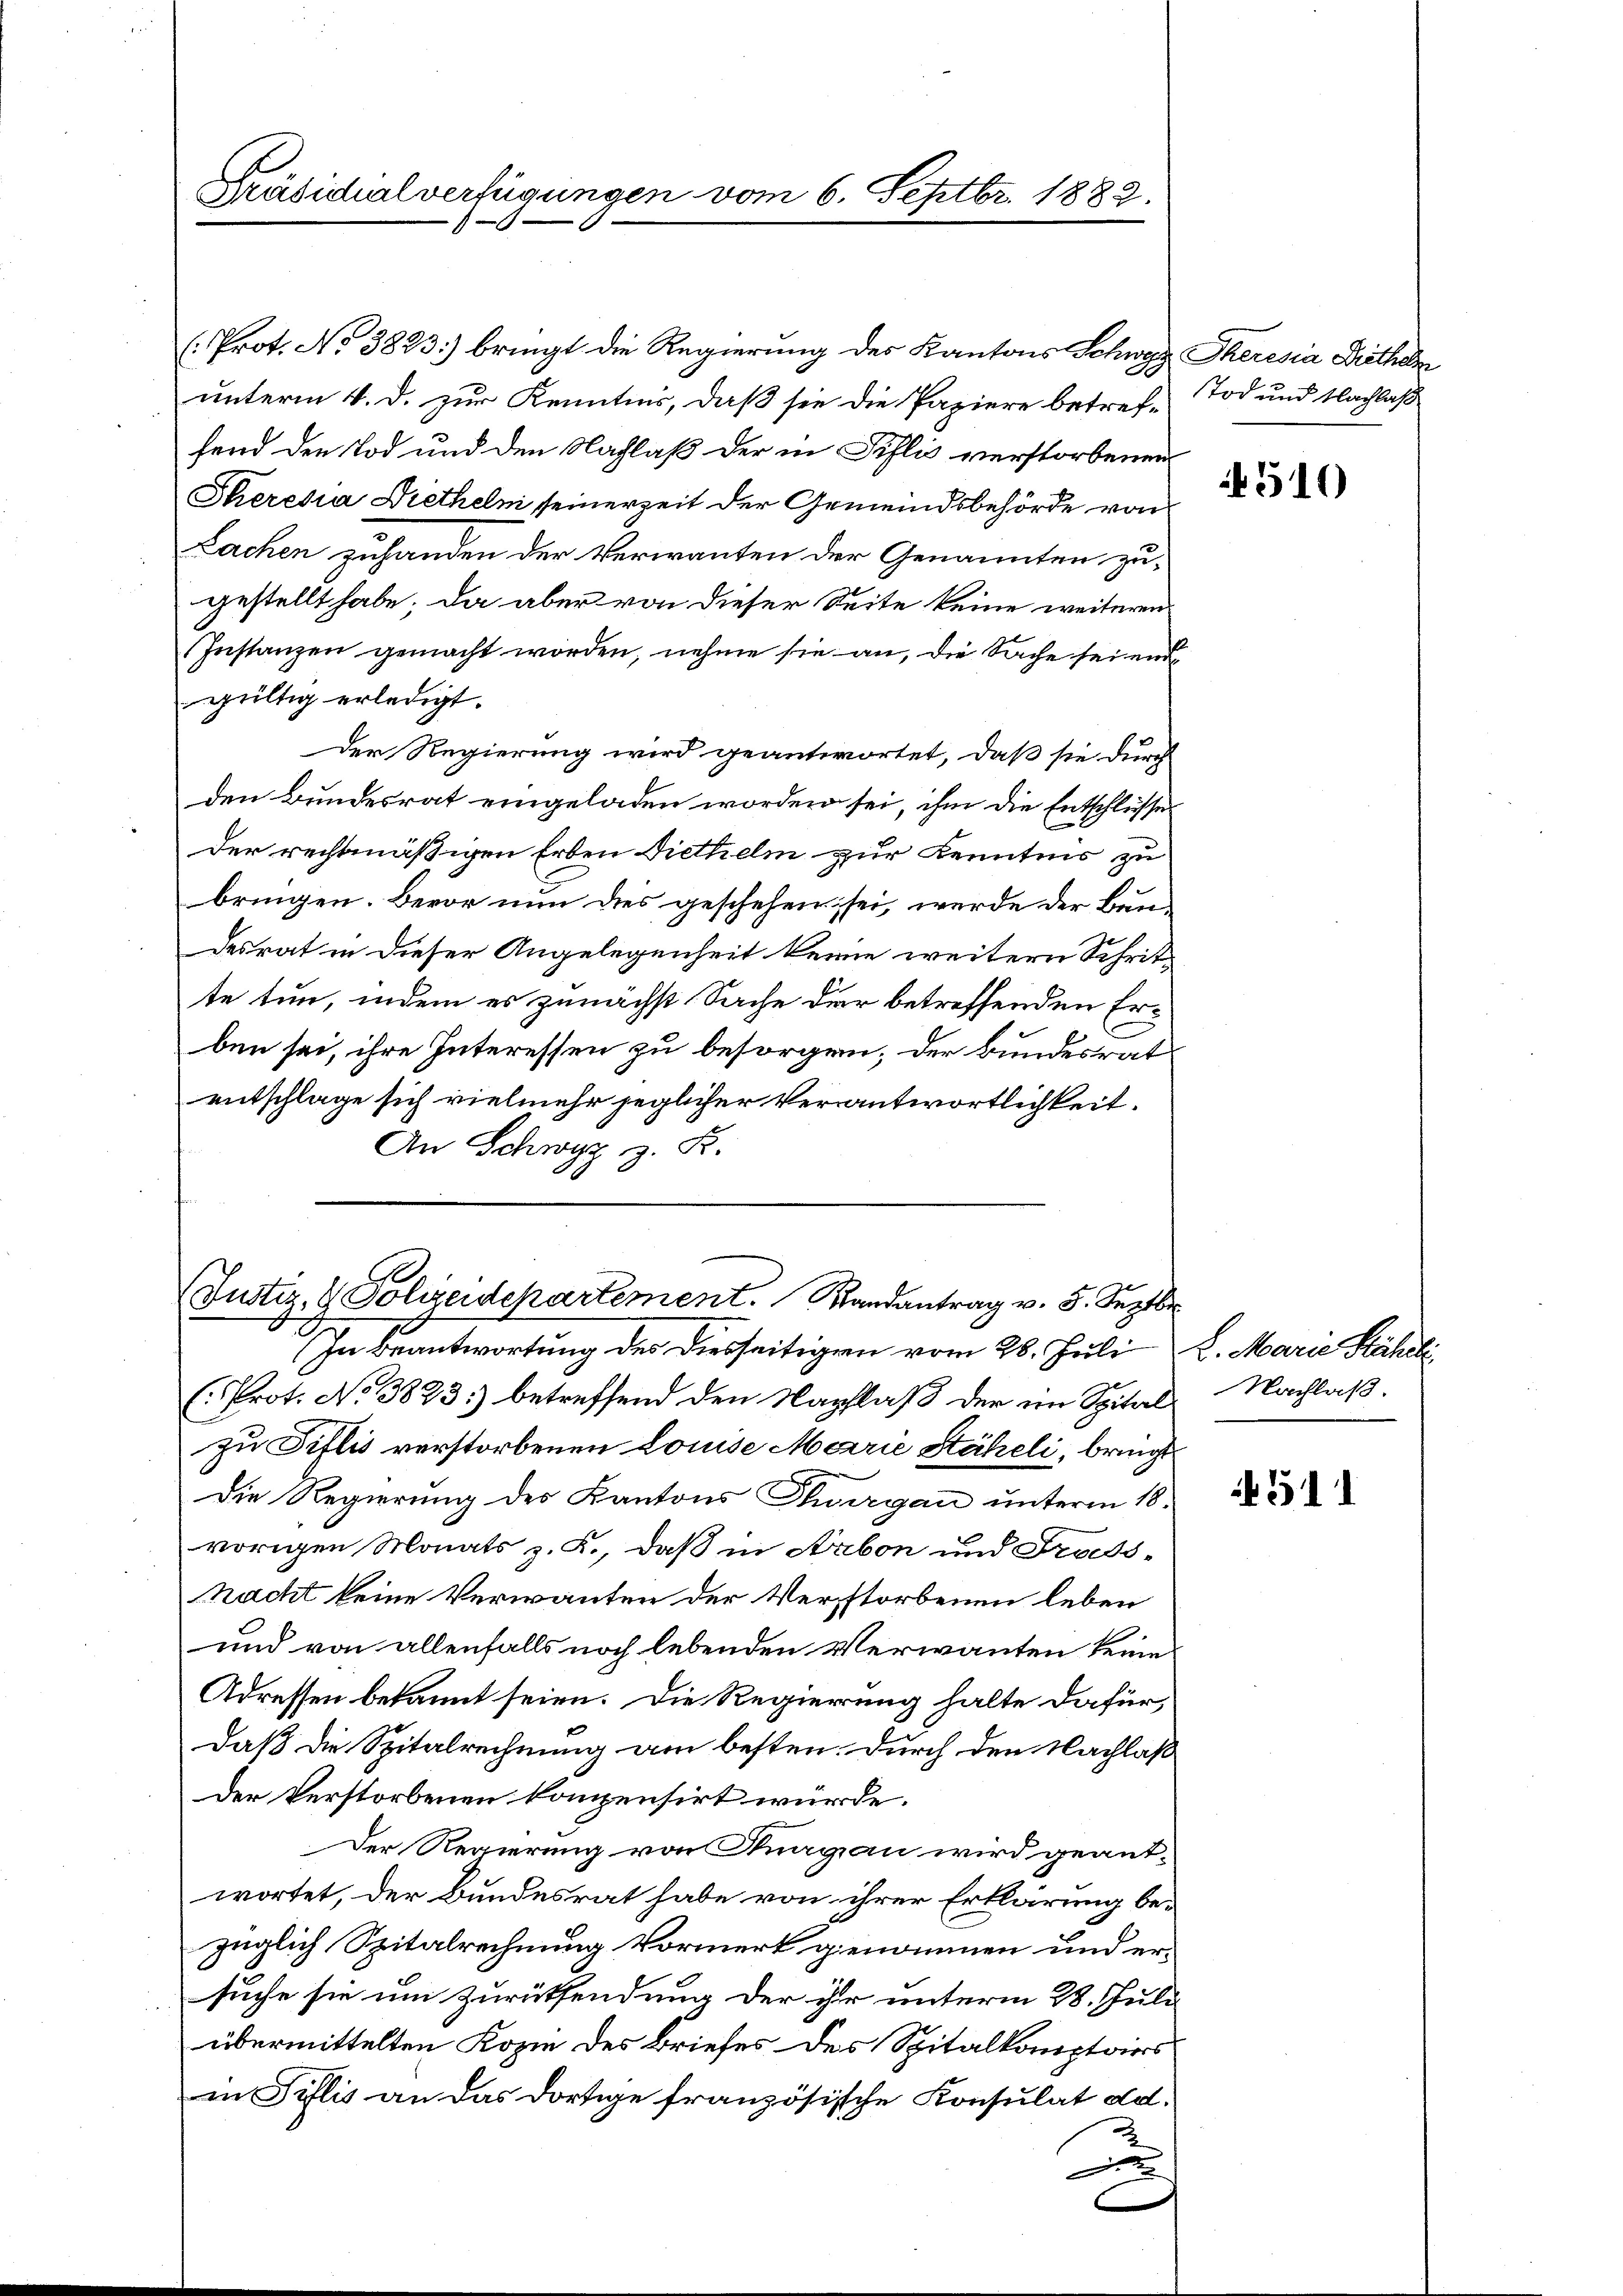
Präsidialverfügungen vom 6. Septbr. 1882.

(Prot. No 3823) bringt die Regierung des Kantons Schwyz Theresia Diethe
unterm 4. d. zur Kenntnis, daß sie die Papiere betref-Tod und Nachlaß
fend den Tod und den Nachlaß der in Fislis verstorbenen
Skeresia Dietheln seinerzeit der Gemeindsbehörde von
Lachen zuhanden der Verwanten der Genannten zugestellt habe; da aber von dieser Seite keine weiteren
Instanzen gemacht worden, nehme sie an, die Sache seiend
gültig erledigt.
Der Regierung wird geantwortet, daß sie durch
den Bundesrat eingeladen worden sei, ihm die Entschlüsse
Der rechtmäßigen Erben Diethelm zur Kenntnis zu
bringen. Bevor nun dies geschehen sei, werde der Bundesrat in dieser Angelegenheit keine weitern Schritte tun, indem es zunächst Sache der betreffenden Erben sei, ihre Interessen zu besorgen, der Bundesrat
entschlage sich vielmehr jeglicher Verantwortlichkeit.
An Schwyz z. R.

(Justiz- & Polizeidepartement. Randantrag v. 5. Septbr.

In Beantwortung des Diesseitigen vom 28. Juli 2. Marie Stäheli
(Prot. No 3823) betreffend den Nachlaß der im Spital- Nachlaß.
zu Fiflis verstorbenen Louise Marie Stäheli, bringt
Die Regierung des Kantons Thurgau unterm 18.
vorigen Monats z. K., daß in Arbon und Froessnacht keine Verwanten der Verstorbenen leben
und von allenfalls noch lebenden Verwanten keine
Adressen bekannt seien. Die Regierung halte dafür,
daß die Spitalrechnung am besten. Durch den Nachlaß
Der Verstorbenen kompensirt würde.
Der Regierung von Dragan wird geant-
wortet, der Bundesrat habe von ihrer Erklärung be-
züglich Spitalrechnung Vormerk genommen und ersuche sie um zurücksendung der ihr unterm 28. Juli
übermittelten Kopie des Briefes des Spitalkomptoirs
in Tillis an das dortige französische Konsulat dd.
x

510

4511